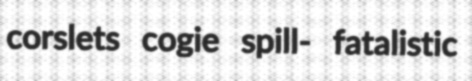
corslets cogie spill- fatalistic